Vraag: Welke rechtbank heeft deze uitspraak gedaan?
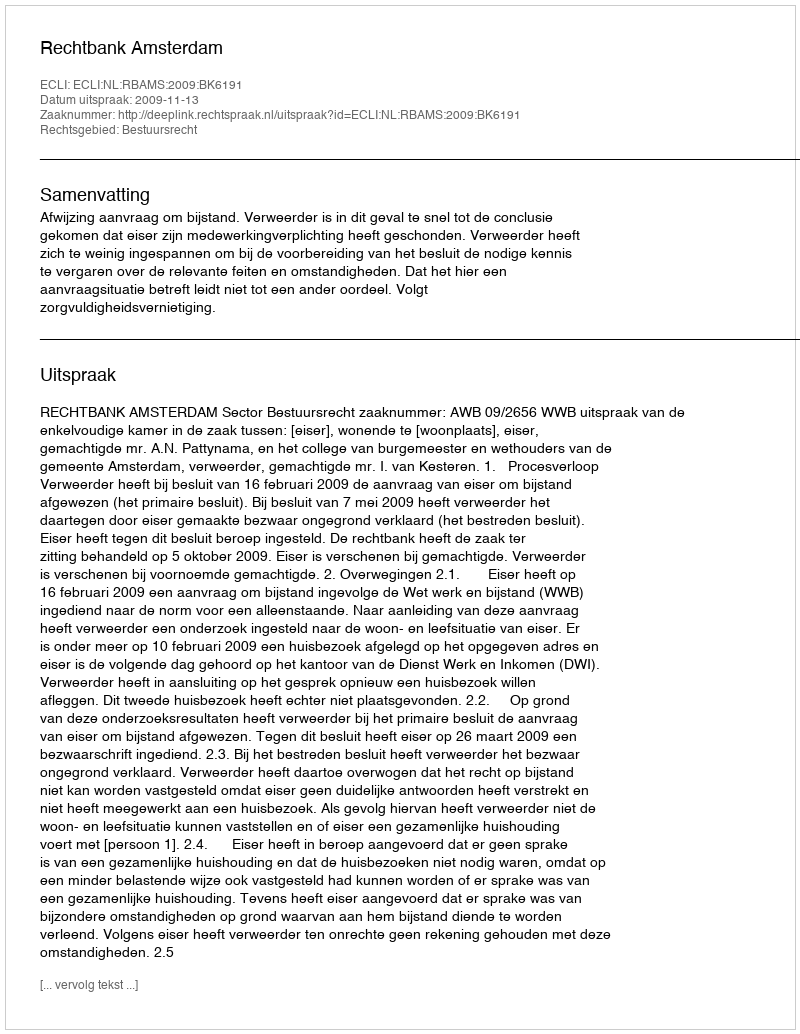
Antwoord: Rechtbank Amsterdam